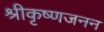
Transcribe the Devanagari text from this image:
श्रीकृष्णजनन